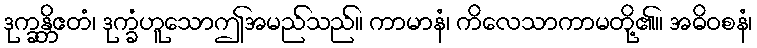
ဒုက္ခန္တိဧတံ၊ ဒုက္ခံဟူသောဤအမည်သည်။ ကာမာနံ၊ ကိလေသာကာမတို့၏။ အဓိဝစနံ၊